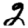
Digit: 2